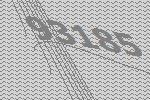
93185